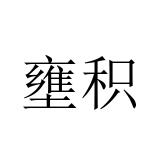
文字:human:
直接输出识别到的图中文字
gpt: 壅积